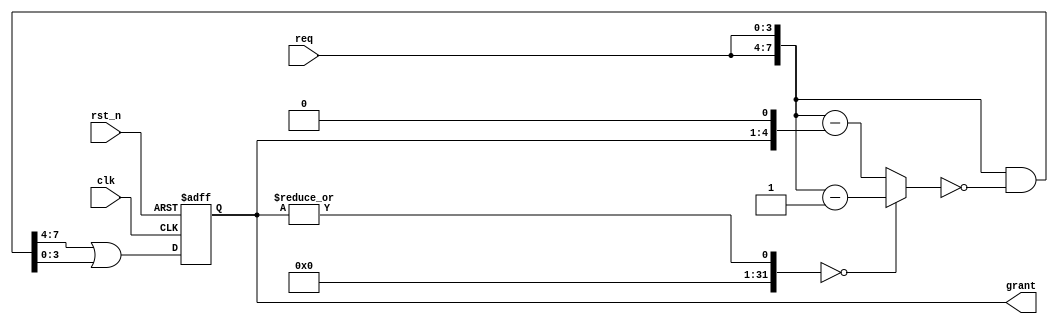
module RR_arbiter
#(
    parameter N = 4
)
(
    input  wire clk,
    input  wire rst_n,
    input  wire [N-1:0] req,
    output reg [N-1:0] grant
);
    
wire [2*N-1:0] req_a, req_sub;
wire [2*N-1:0] grant_tmp;
    
    
assign req_a = {req, req};
assign req_sub = (|grant==0) ? req_a -  {{(2*N-1){1'b0}}, 1'b1} : req_a - {{(N-1){1'b0}}, grant,1'b0};
assign grant_tmp = req_a & (~req_sub);
    
always @(posedge clk or negedge rst_n) begin
    if (!rst_n) grant <= 'b0;
    else begin
        grant <= (grant_tmp[2*N-1:N] | grant_tmp[N-1:0]);
    end
end
    
endmodule